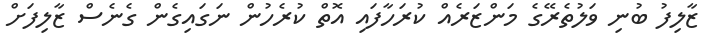
ޒާލިފު ބުނި ވަލުތެރޭގެ މަންޒަރެއް ކުރަހާފައި އޮތް ކުރެހުން ނަގައިގެން ގެނެސް ޒާލިފަށް